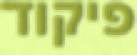
פיקוד